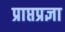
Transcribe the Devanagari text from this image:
प्राप्तप्रज्ञा